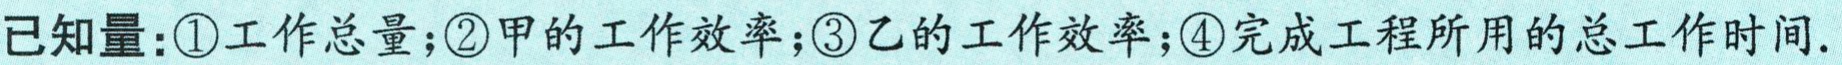
已知量：\textcircled{1}工作总量；\textcircled{2}甲的工作效率；\textcircled{3}乙的工作效率；\textcircled{4}完成工程所用的总工作时间.